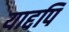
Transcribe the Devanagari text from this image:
याद्दपि